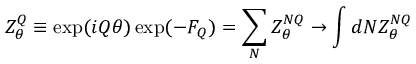
Z _ { \theta } ^ { Q } \equiv \exp ( i Q \theta ) \exp ( - F _ { Q } ) = \sum _ { N } Z _ { \theta } ^ { N Q } \rightarrow \int d N Z _ { \theta } ^ { N Q }